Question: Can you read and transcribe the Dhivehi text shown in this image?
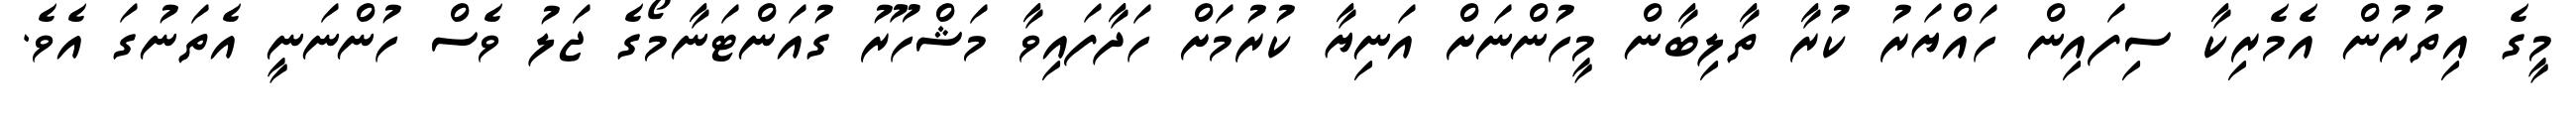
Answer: މީގެ އިތުރުން އެމެރިކާ ސިފައިން ހައްޔަރު ކުރާ ތާލިބާން މީހުންނަށް އަނިޔާ ކުރުމަށް ހަދާފައިވާ މަޝްހޫރު ގުއަންޓަނާމޯގެ ޖަލު ވެސް ހުންނަނީ އެތަނުގަ އެވެ.